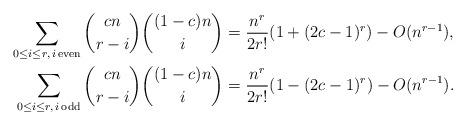
LaTeX: \begin{align*}\sum_{0\le i\le r, \, i \, \rm{even}} \binom{cn}{r- i} \binom{ (1-c)n }{i} & = \frac{n^r}{2r!} ( 1+ (2c-1)^r ) - O(n^{r-1}), \\\sum_{0\le i\le r, \, i \,\rm{odd}} \binom{cn}{r- i} \binom{ (1-c)n }{i} & = \frac{n^r}{2r!} ( 1- (2c-1)^r ) - O(n^{r-1}).\end{align*}